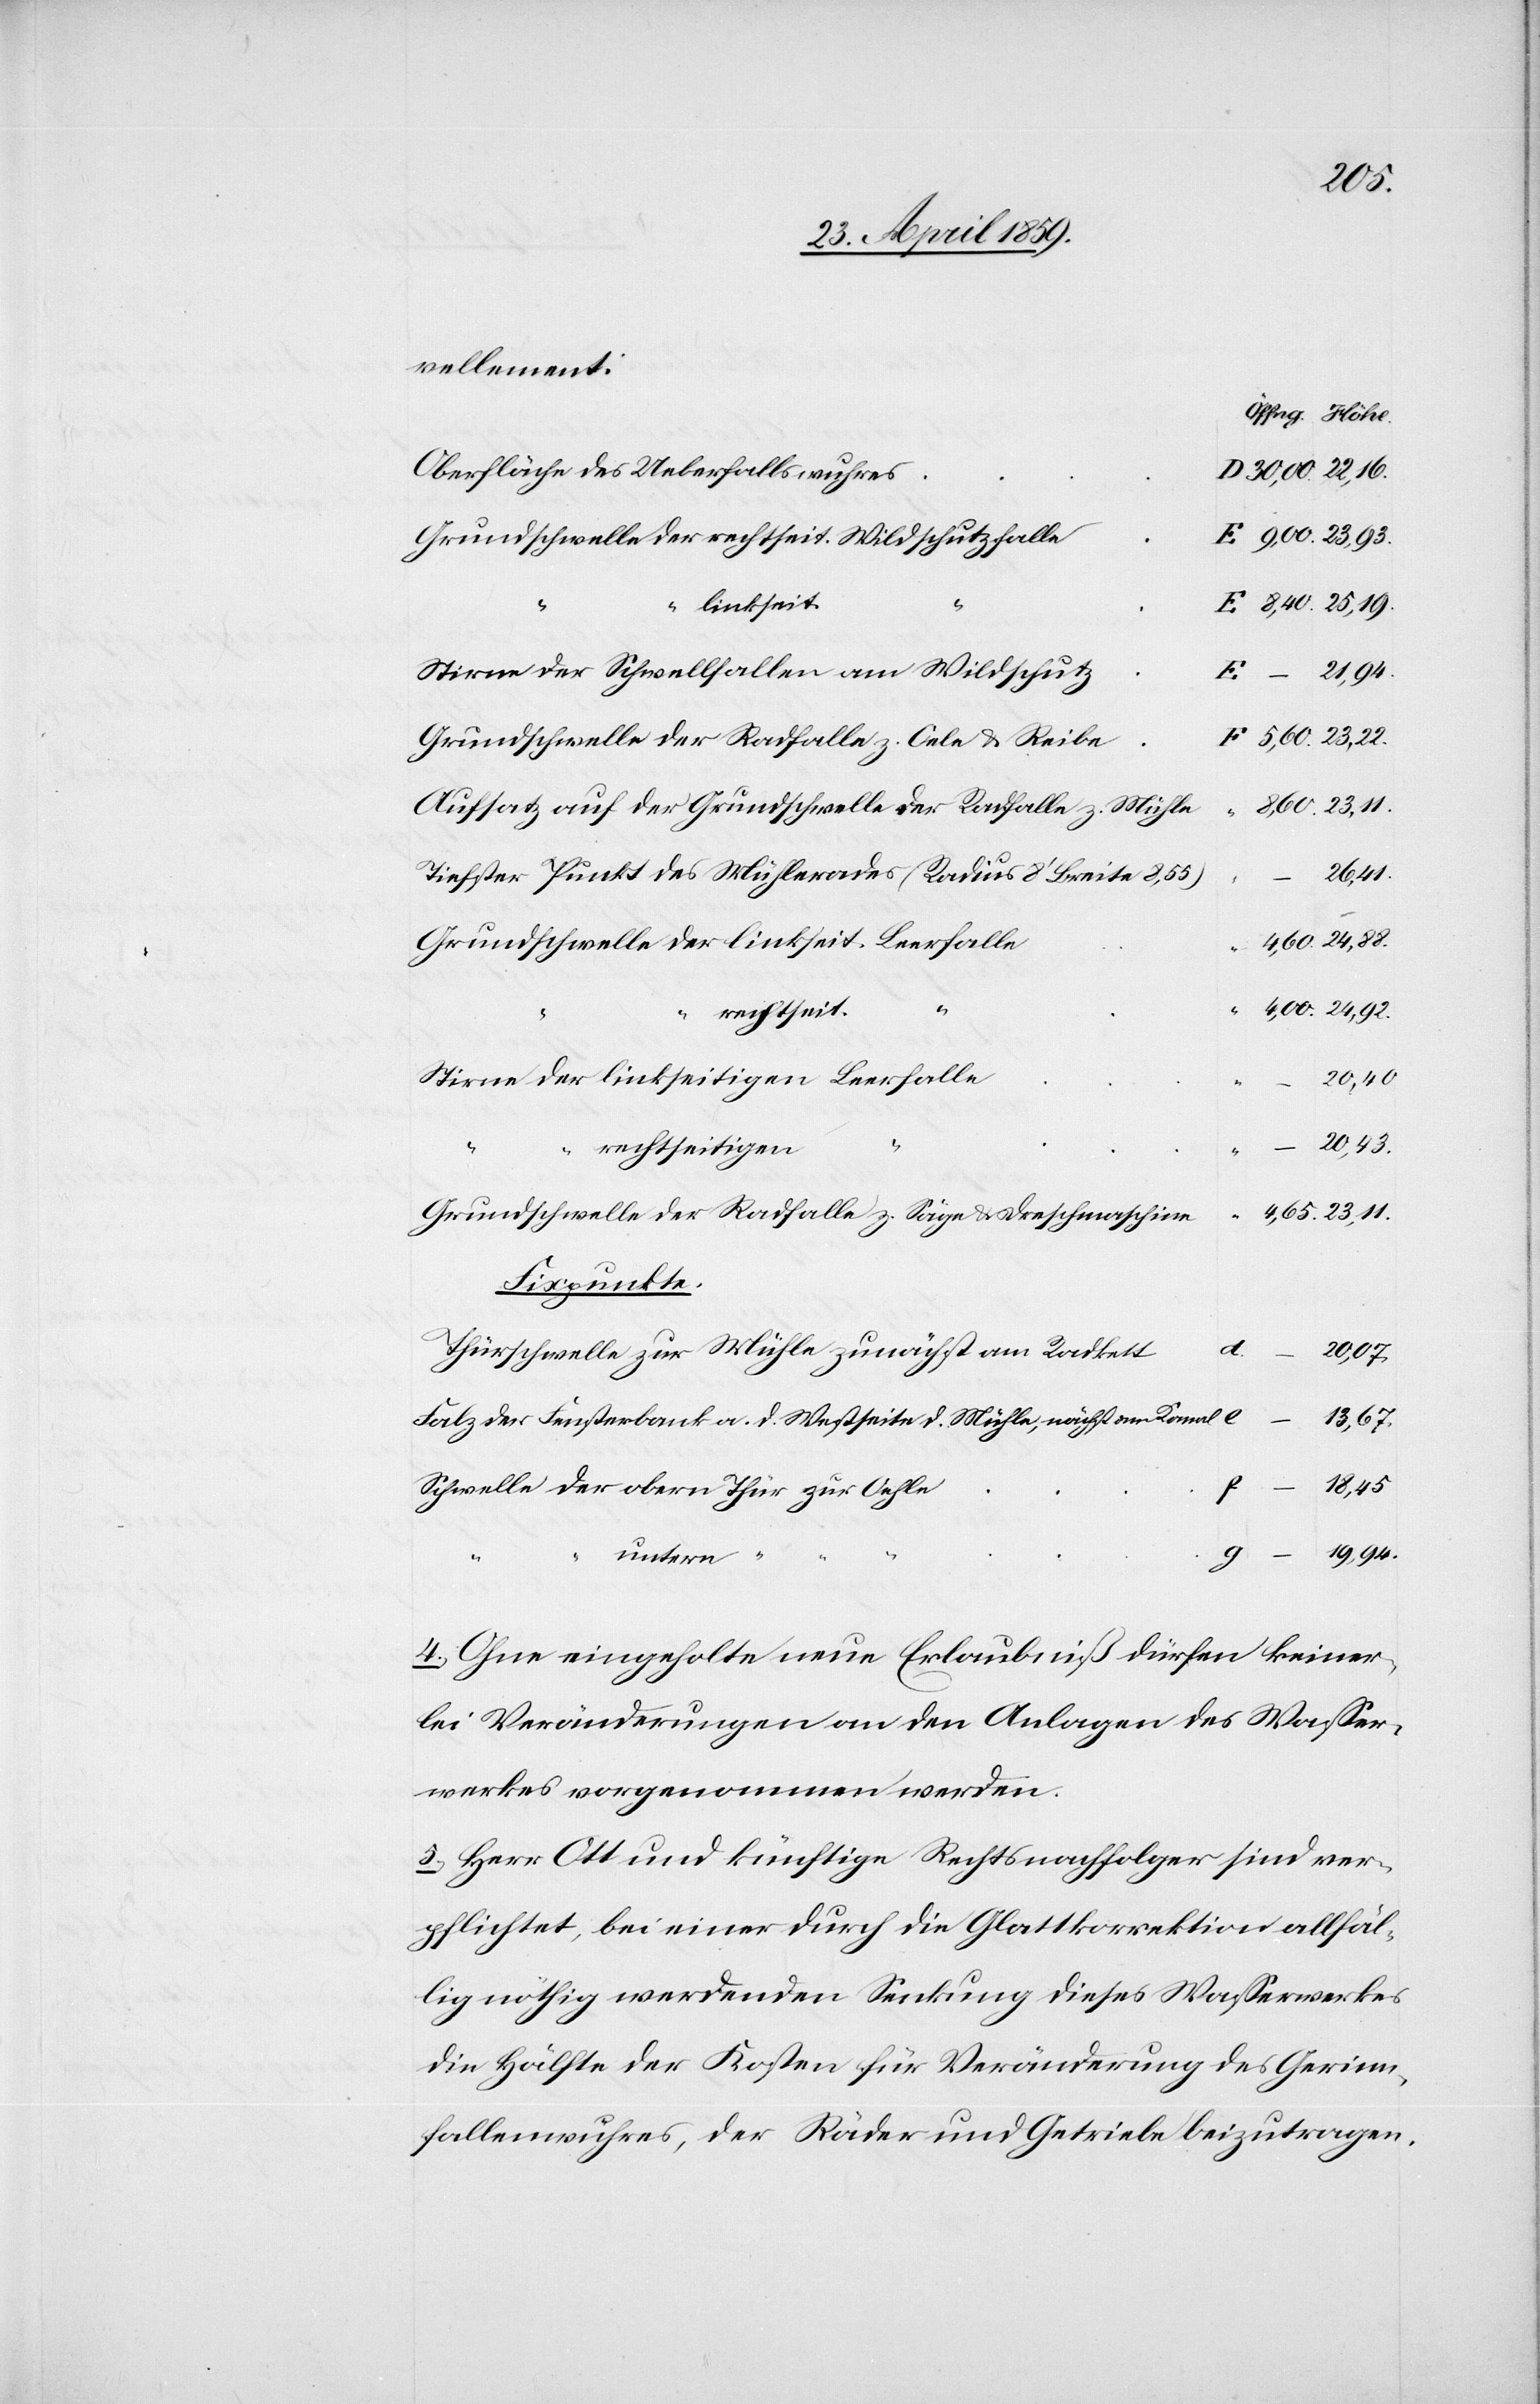
8,60.
vellement:
Oberfläche des Ueberfallswuhres
Grundschwelle der rechtseit. Wildschutzfalle
linkseit.
Stirne der Schwellfallen am Wildschutz
Grundschwelle der Radfalle z. Oele & Reibe
Aufsatz auf der Grundschwelle der Radfalle z. Mühle
Tiefster Punkt des Mühlerades (Radius 8‘ Breite 8,55)
26,41.
Grundschwelle der linkseit. Leerfalle
rechtseit.
“
Stirne der linkseitigen Leerfalle
20,40.
“
d.
20,07.
rechtseitigen
Grundschwelle der Radfalle z. Säge & Dreschmaschine
Fixpunkte:
Thürschwelle zur Mühle zunächst am Radkett
Falz der Fensterbank a. d. Westseite d. Mühle, nächst am Kanal
13,67.
(
18,45
Schwelle der obern Thür zur Oehle
f
untern
19,94.
4) Ohne eingeholte neue Erlaubniß dürfen keiner¬
lei Veränderungen an den Anlagen des Waßer¬
werkes vorgenommen werden.
5) Herr Ott und künftige Rechtsnachfolger sind ver¬
pflichtet, bei einer durch die Glattkorrektion allfäl¬
lig nöthig werdenden Senkung dieses Waßerwerkes
die Hälfte der Kosten für Veränderung des Gerinn¬
fallenwuhres, der Räder und Getriebe beizutragen.